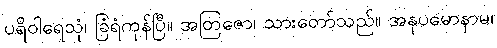
ပရိဝါရေသုံ၊ ခြံရံကုန်ပြီ။ အတြဇော၊ သားတော်သည်။ အနုပမောနာမ၊